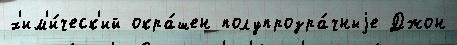
х'им'и́ческ'ий окра́шен полупрозра́чныjе Джон